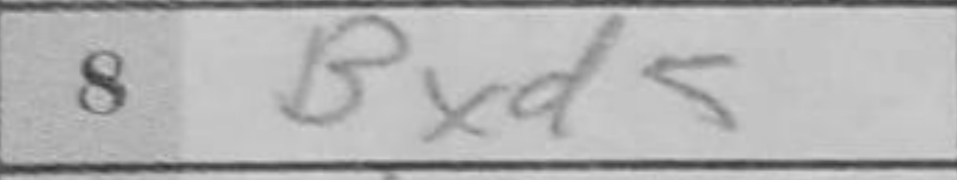
Transcription: Bxd5